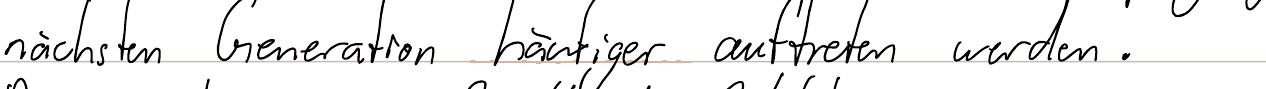
nächsten Generation häufiger auftreten werden.